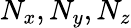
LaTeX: N_{x},N_{y},N_{z}